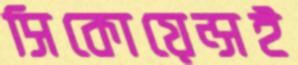
সিকোয়েন্সই